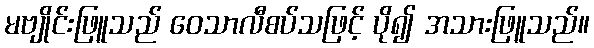
မဗျိုင်းဖြူသည် ဝေသာလီစပ်သဖြင့် ပို၍ အသားဖြူသည်။